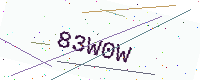
Text: 83W0W